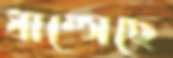
ধাম্‌সেছে